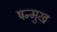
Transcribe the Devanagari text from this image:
षन्मुख